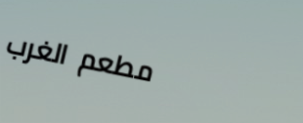
مطعم الغرب